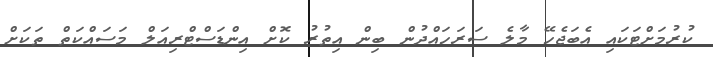
ކުރުމަށްޓަކައި އެބަޖެހޭ މާލެ ސަރަހައްދުން ބިން އިތުރު ކޮށް އިންޑަސްޓްރިއަލް މަސައްކަތް ތަކަށް